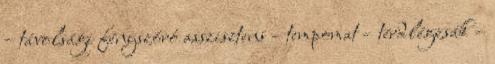
– távolsági fényszóró asszisztens – tempomat – térdlégzsák –